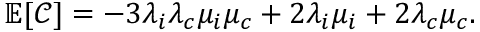
\mathbb { E } [ \mathcal { C } ] = - 3 \lambda _ { i } \lambda _ { c } \mu _ { i } \mu _ { c } + 2 \lambda _ { i } \mu _ { i } + 2 \lambda _ { c } \mu _ { c } .